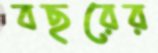
বছরের